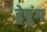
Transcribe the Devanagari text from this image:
ड्रेपुंग